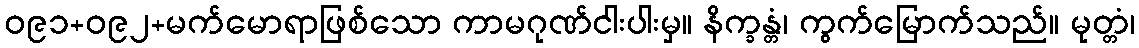
ဝ၉၁+ဝ၉၂+မက်မောရာဖြစ်သော ကာမဂုဏ်ငါးပါးမှ။ နိက္ခန္တံ၊ ကွက်မြောက်သည်။ မုတ္တံ၊